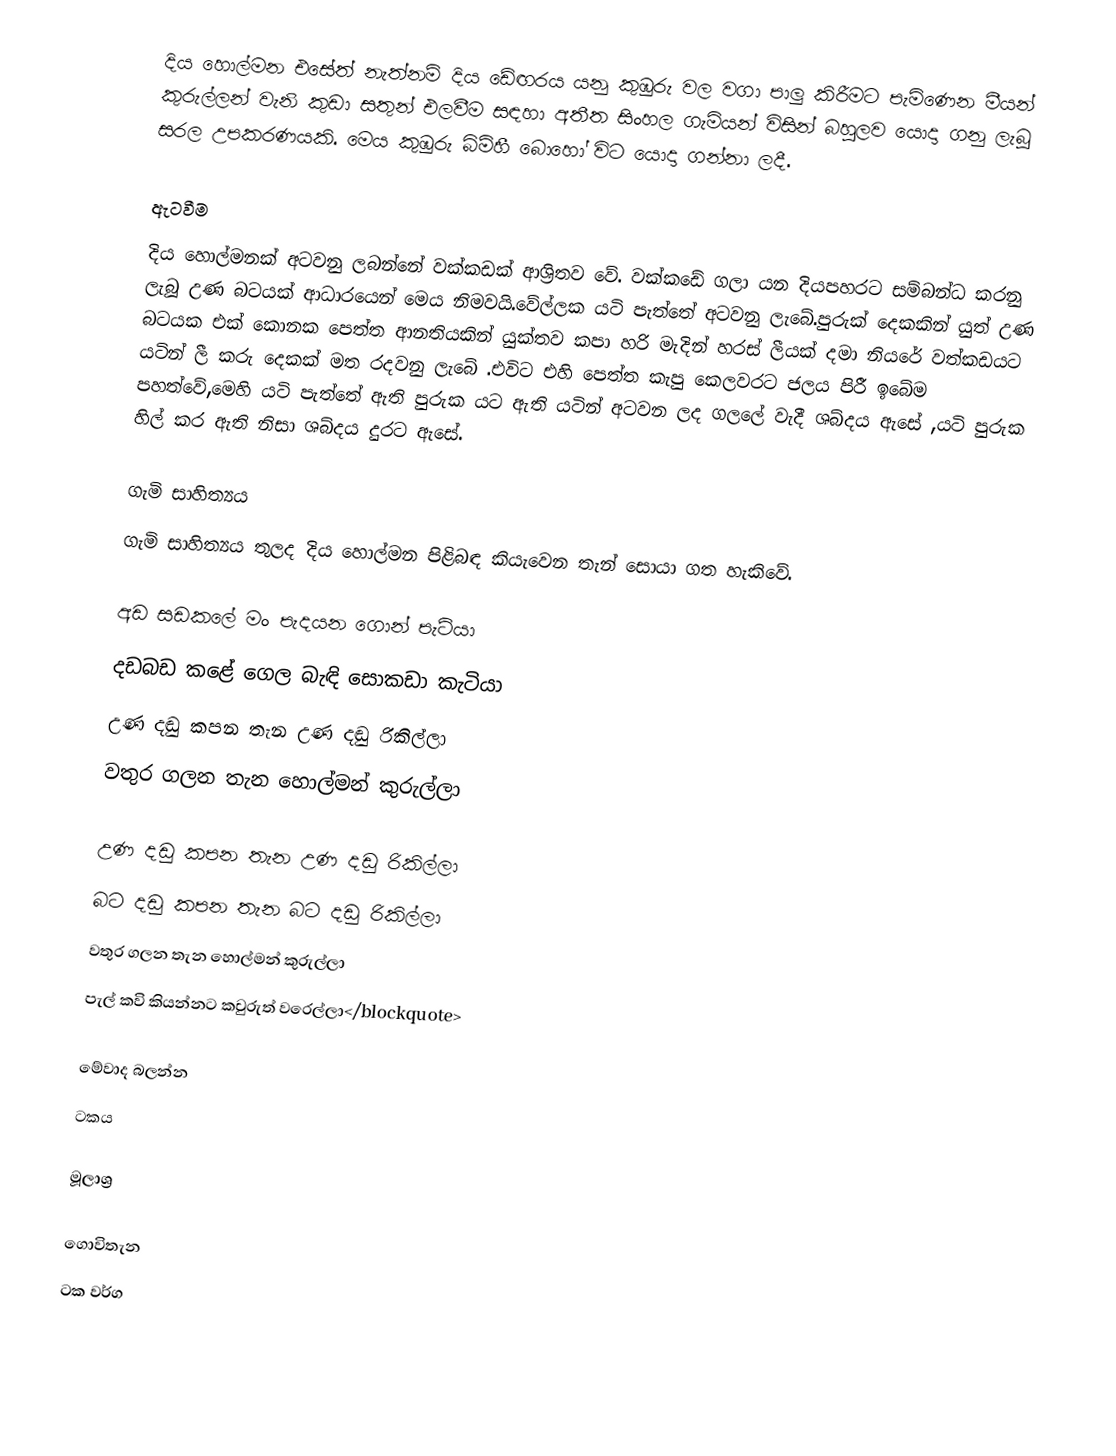
දිය හොල්මන එසේත් නැත්නම් දිය ඩේඟරය යනු කුඹුරු වල වගා පාලු කිරීමට පැමිණෙන මීයන් කුරුල්ලන් වැනි කුඩා සතුන් එලවීම සඳහා අතීත සිංහල  ගැමියන් විසින් බහුලව යොදා ගනු ලැබූ සරල උපකරණයකි. මෙය කුඹුරු බිම්හී බොහෝ විට යොදා ගන්නා ලදී.

ඇටවීම
දිය හොල්මනක් අටවනු ලබන්නේ වක්කඩක් ආශ්‍රිතව වේ.  වක්කඩේ ගලා යන දියපහරට සම්බන්ධ කරනු ලැබූ උණ බටයක් ආධාරයෙන් මෙය නිමවයි.වේල්ලක යටි පැත්තේ අටවනු ලැබේ.පුරුක් දෙකකින් යුත් උණ බටයක එක් කොනක පෙත්ත ආනතියකින් යුක්තව කපා හරි මැදින් හරස් ලීයක් දමා නියරේ වත්කඩයට යටින් ලී කරු දෙකක් මත රදවනු ලැබේ .එවිට එහි පෙත්ත කැපු කෙලවරට ජලය පිරී ඉබේම පහත්වේ,මෙහි යටි පැත්තේ ඇති පුරුක යට ඇති යටින් අටවන ලද  ගලලේ වැදී ශබ්දය ඇසේ ,යටි පුරුක හිල් කර ඇති නිසා ශබ්දය දුරට ඇසේ.

ගැමි සාහිත්‍යය
ගැමි සාහිත්‍යය තුලද දිය හොල්මන පිළිබඳ කියැවෙන තැන් සොයා ගත හැකිවේ.

අඩ සඩකලේ මං පැදයන ගොන් පැටියා
දඩබඩ කළේ ගෙල බැඳි සොකඩා කැටියා
උණ දඬු කපන තැන උණ දඬු රිකිල්ලා
වතුර ගලන තැන හොල්මන් කුරුල්ලා

උණ දඩු කපන තැන උණ දඩු රිකිල්ලා
බට දඩු කපන තැන බට දඩු රිකිල්ලා
වතුර ගලන තැන හොල්මන් කුරුල්ලා
පැල් කවි කියන්නට කවුරුත් වරෙල්ලා</blockquote>

මේවාද බලන්න
ටකය

මූලාශ්‍ර

ගොවිතැන
ටක වර්ග